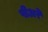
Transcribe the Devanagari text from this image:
पीअरे